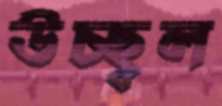
উচ্ছ্বল